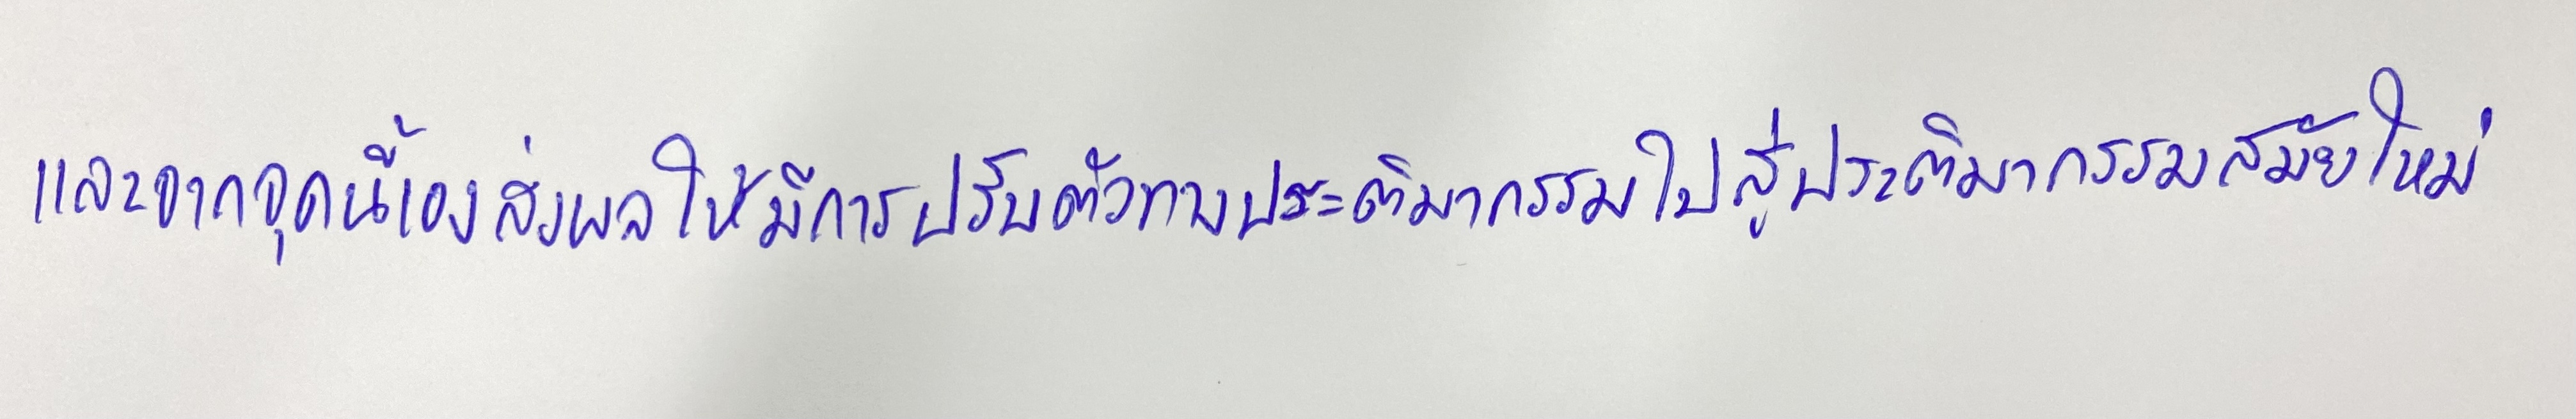
และจากจุดนี้เองส่งผลให้มีการปรับตัวทางประติมากรรมไปสู่ประติมากรรมสมัยใหม่